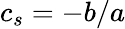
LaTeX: c_{s}=-b/a